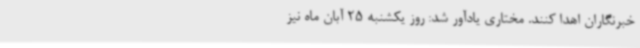
خبرنگاران اهدا کنند. مختاری یادآور شد: روز یکشنبه 25 آبان ماه نیز